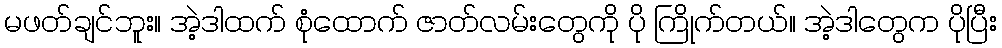
မဖတ်ချင်ဘူး။ အဲ့ဒါထက် စုံထောက် ဇာတ်လမ်းတွေကို ပို ကြိုက်တယ်။ အဲ့ဒါတွေက ပိုပြီး